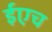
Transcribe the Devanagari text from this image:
ईएच